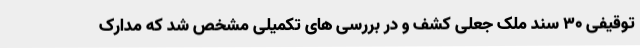
توقیفی 30 سند ملک جعلی کشف و در بررسی های تکمیلی مشخص شد که مدارک